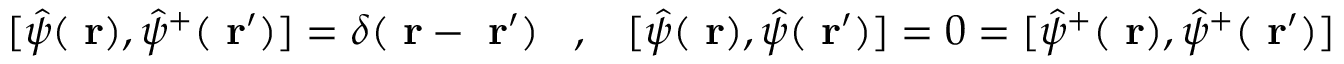
[ \hat { \psi } ( \mathrm { \bf ~ r } ) , \hat { \psi } ^ { + } ( \mathrm { \bf ~ r } ^ { \prime } ) ] = \delta ( \mathrm { \bf ~ r } - \mathrm { \bf ~ r } ^ { \prime } ) \; \; \; , \; \; \; [ \hat { \psi } ( \mathrm { \bf ~ r } ) , \hat { \psi } ( \mathrm { \bf ~ r } ^ { \prime } ) ] = 0 = [ \hat { \psi } ^ { + } ( \mathrm { \bf ~ r } ) , \hat { \psi } ^ { + } ( \mathrm { \bf ~ r } ^ { \prime } ) ]